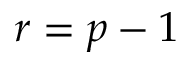
r = p - 1